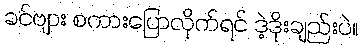
ခင်ဗျား စကားပြောလိုက်ရင် ဒဲ့ဒိုးချည်းပဲ။